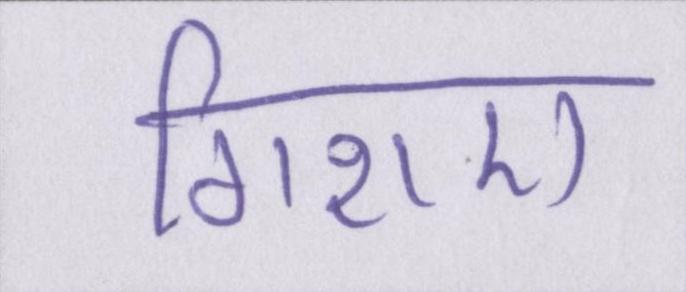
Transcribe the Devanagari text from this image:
गिराए